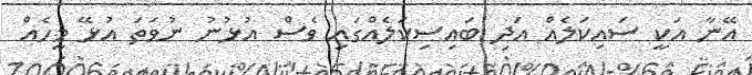
އޭނާ އަކީ ސައިކަލެއް އަދި ބައިސިކަލެއްގައި ވެސް އުޅުނު ނުވަތަ އުޅޭ މީހެއް